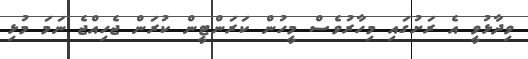
ވިދާޅުވީ އެ ރަށުގައި މިހާރުވެސް މީހުން ކަރަންޓީން ކުރަން ޖެހިއްޖެ ނަމަ މުޅި